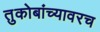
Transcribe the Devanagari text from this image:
तुकोबांच्यावरच